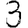
Digit: 3